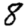
Digit: 8